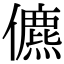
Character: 儦